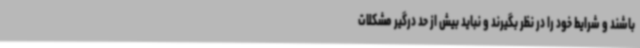
باشند و شرایط خود را در نظر بگیرند و نباید بیش از حد درگیر مشکلات